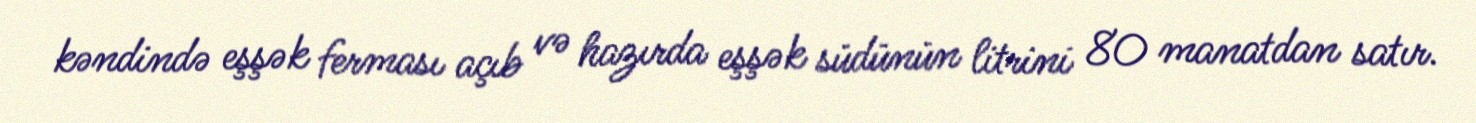
kəndində eşşək ferması açıb və hazırda eşşək südünün litrini 80 manatdan satır.